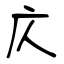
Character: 庂